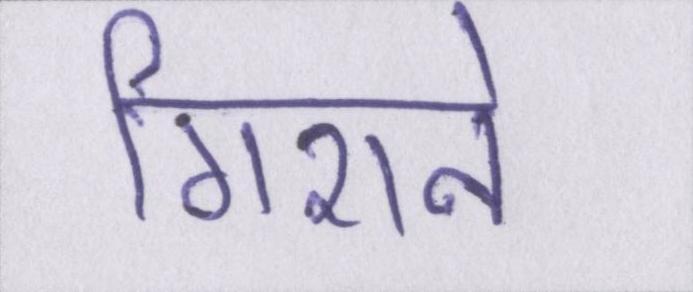
गिराने